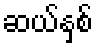
ဆယ်နှစ်